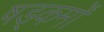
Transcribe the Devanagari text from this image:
षड्कर्मों